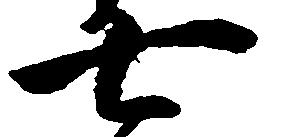
七